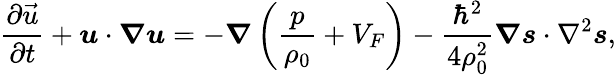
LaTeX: \frac{\partial\vec{u}}{\partial t}+\boldsymbol{u}\cdot\boldsymbol{\nabla}\boldsymbol{u}=-\boldsymbol{\nabla}\left(\frac{p}{\rho_{0}}+V_{F}\right)-\frac{\hbar^{2}}{4\rho_{0}^{2}}\boldsymbol{\nabla}\boldsymbol{s}\cdot\nabla^{2}\boldsymbol{s},